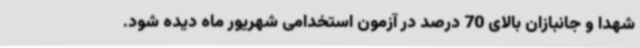
شهدا و جانبازان بالای 70 درصد در آزمون استخدامی شهریور ماه دیده شود.